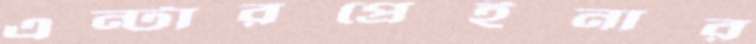
এন্টারপ্রেইনার